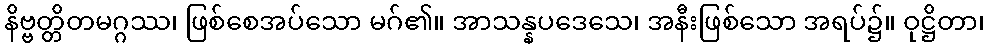
နိဗ္ဗတ္တိတမဂ္ဂဿ၊ ဖြစ်စေအပ်သော မဂ်၏။ အာသန္နပဒေသေ၊ အနီးဖြစ်သော အရပ်၌။ ဝုဋ္ဌိတာ၊